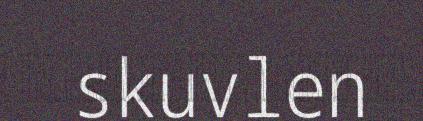
skuvlen